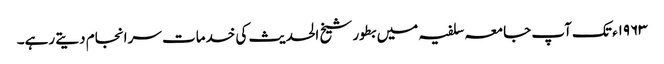
۱۹۶۳ء تک آپ جامعہ سلفیہ میں بطور شیخ الحدیث کی خدمات سرانجام دیتے رہے۔